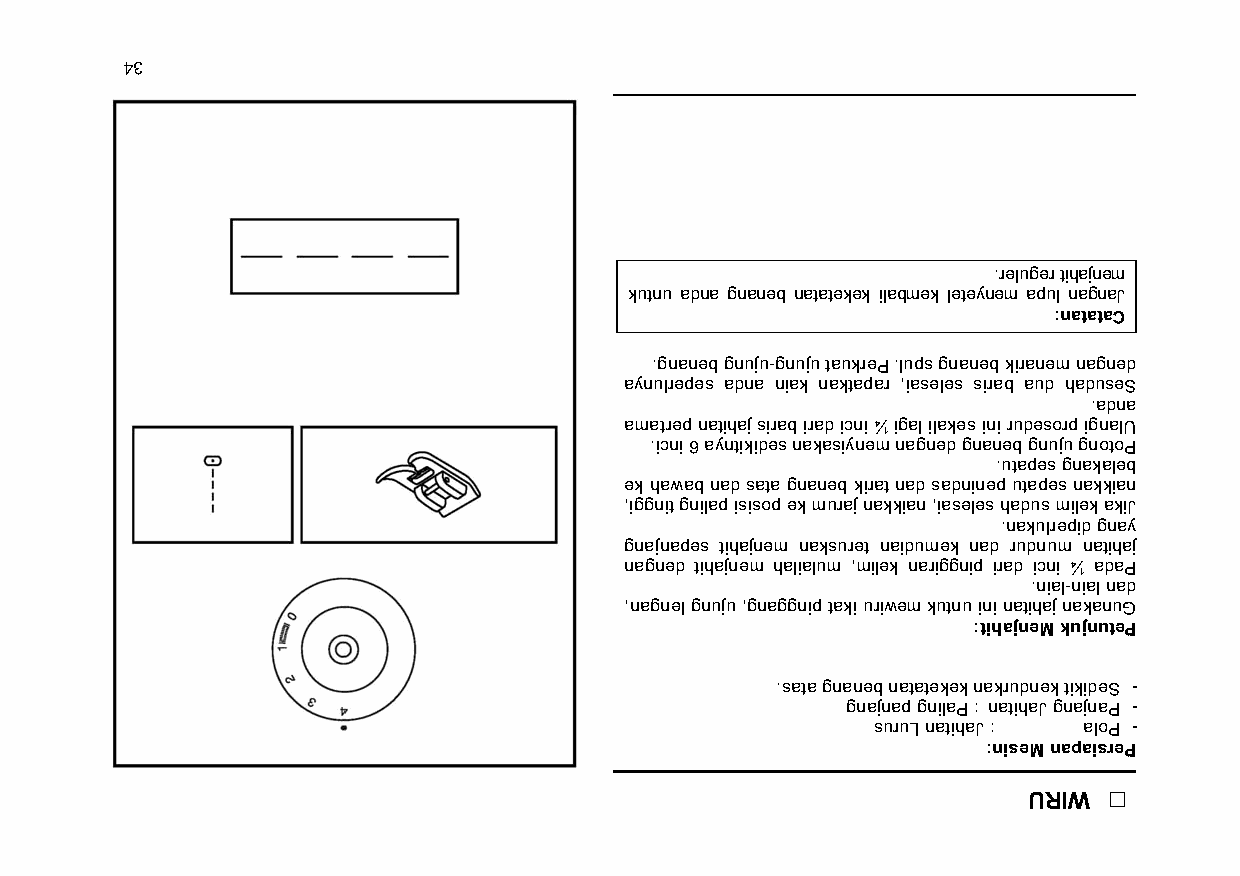
43
 .reluger tihajnem
 kutnu adna gnaneb natatekek ilabmek leteynem apul nagnaJ
 :natataC
 .gnaneb gnuju-gnuju taukreP .lups gnaneb kiranem nagned
 aynulrepes adna niak naktapar ,iaseles sirab aud haduseS
 .adna
 amatrep natihaj sirab irad icni ¼ igal ilakes ini rudesorp ignalU
 .icni 6 ayntikides nakasiynem nagned gnaneb gnuju gnotoP
 .utapes gnakaleb
 ek hawab nad sata gnaneb kirat nad sadninep utapes nakkian
 ,iggnit gnilap isisop ek muraj nakkian ,iaseles hadus milek akiJ
 .nakulrepid gnay
 gnajnapes tihajnem naksuret naidumek nad rudnum natihaj
 nagned tihajnem halialum ,milek nariggnip irad icni ¼ adaP
 .nial-nial nad
 ,nagnel gnuju ,gnaggnip taki uriwem kutnu ini natihaj nakanuG
 :tihajneM kujnuteP
 .sata gnaneb natatekek nakrudnek tikideS -
 gnajnap gnilaP : natihaJ gnajnaP -
 suruL natihaJ : aloP -
 :niseM napaisreP
 URIW